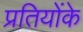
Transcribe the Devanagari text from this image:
प्रतियोंके